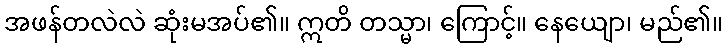
အဖန်တလဲလဲ ဆုံးမအပ်၏။ ဣတိ တသ္မာ၊ ကြောင့်။ နေယျော၊ မည်၏။